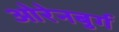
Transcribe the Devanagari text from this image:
ओरेनबुर्ग